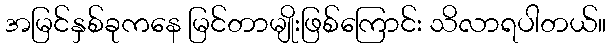
အမြင်နှစ်ခုကနေ မြင်တာမျိုးဖြစ်ကြောင်း သိလာရပါတယ်။